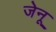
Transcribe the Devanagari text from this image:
जेनू